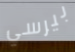
بيرسي